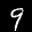
Label: 9